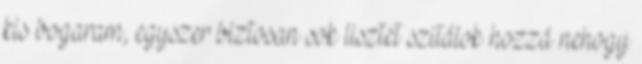
kis bogaram, egyszer biztosan sok lisztet szitálok hozzá nehogy